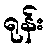
ရုန်း